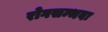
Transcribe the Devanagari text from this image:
रोगसम्भवः